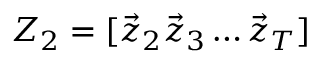
Z _ { 2 } = [ \vec { z } _ { 2 } \vec { z } _ { 3 } \dots \vec { z } _ { T } ]